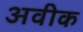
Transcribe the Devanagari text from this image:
अवीक